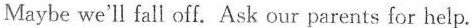
Maybe we'll fall off. Ask our parents for help.